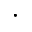
\cdot